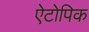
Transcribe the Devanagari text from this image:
ऐटोपिक